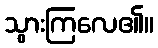
သွားကြလေ၏။